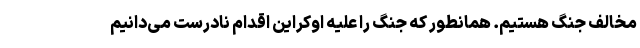
مخالف جنگ هستیم. همانطور که جنگ را علیه اوکراین اقدام نادرست می‌دانیم